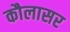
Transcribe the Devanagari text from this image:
कौलासर